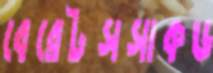
বেরেটসসাকড